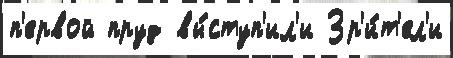
п'ервой пруд вы́ступ'ил'и Зр'и́т'ел'и